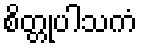
စိတ္တုပါသကံ